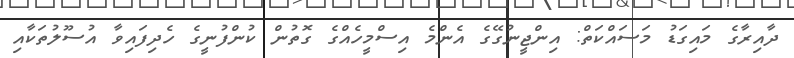
ދާއިރާގެ މައިގަޑު މަސައްކަތް: އިންޖީނުގޭގެ އެންމެ އިސްމީހެއްގެ ގޮތުން ކުންފުނީގެ ހެދިފައިވާ އުސޫލުތަކާއި